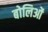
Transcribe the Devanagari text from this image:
बोलिओं